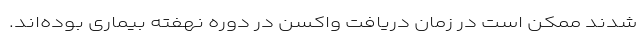
شدند ممکن است در زمان دریافت واکسن در دوره نهفته بیماری بوده‌اند.